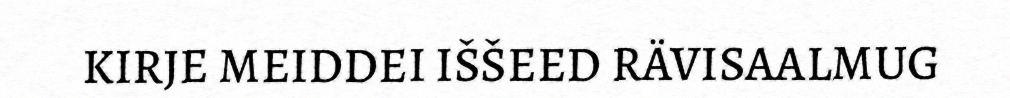
KIRJE MEIDDEI IŠŠEED RÄVISAALMUG